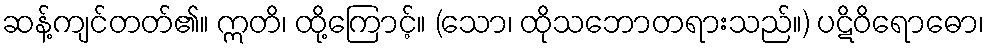
ဆန့်ကျင်တတ်၏။ ဣတိ၊ ထို့ကြောင့်။ (သော၊ ထိုသဘောတရားသည်။) ပဋိဝိရောဓော၊